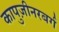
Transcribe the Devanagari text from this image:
कापुज़ीनरबर्ग